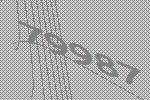
79987